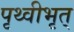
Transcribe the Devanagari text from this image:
पृथ्वीभृत्